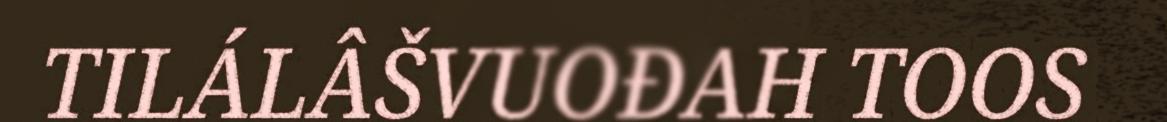
TILÁLÂŠVUOĐAH TOOS